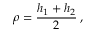
\rho = \displaystyle \frac { h _ { 1 } + h _ { 2 } } { 2 } \: ,